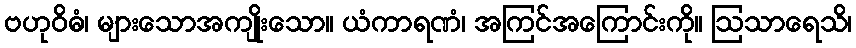
ဗဟုဝိဓံ၊ များသောအကျိုးသော။ ယံကာရဏံ၊ အကြင်အကြောင်းကို။ ဩသာရေသိ၊